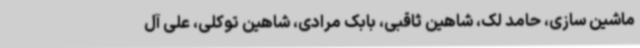
ماشین سازی، حامد لک، شاهین ثاقبی، بابک مرادی، شاهین توکلی، علی آل